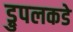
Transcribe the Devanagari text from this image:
ड्रुपलकडे